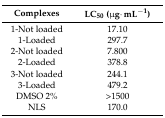
| Complexes | LC50 (μg·mL−1) |
 | --- | --- |
 | 1-Not loaded | 17.10 |
 | 1-Loaded | 297.7 |
 | 2-Not loaded | 7.800 |
 | 2-Loaded | 378.8 |
 | 3-Not loaded | 244.1 |
 | 3-Loaded | 479.2 |
 | DMSO 2% | >1500 |
 | NLS | 170.0 |